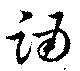
踊